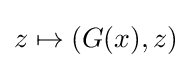
z\mapsto (G(x),z)